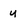
Character: u